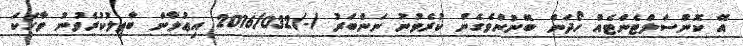
އޭ ކޮންސަލްޓެންޓެއް ހޯދަން ބޭނުންވެގެން ކުރެވުނު ނަންބަރު /-/2016/032 އިޢުލާން ބާޠިލުކުރެވުނު ވާހަކަ